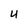
Character: U